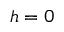
h = 0